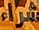
شراء